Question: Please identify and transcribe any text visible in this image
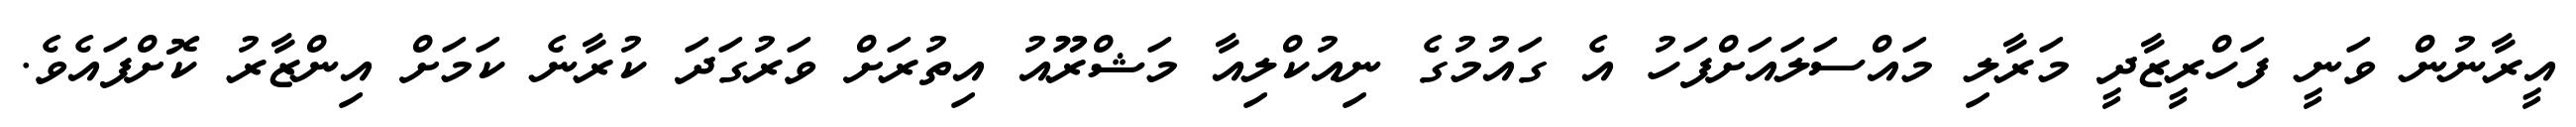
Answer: އީރާނުން ވަނީ ފަހްރީޒާދީ މަރާލި މައްސަލައަށްފަހު އެ ގައުމުގެ ނިއުކްލިއާ މަޝްރޫއު އިތުރަށް ވަރުގަދަ ކުރާނެ ކަމަށް އިންޒާރު ކޮށްފައެވެ.